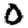
Digit: 0